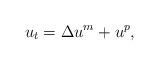
LaTeX: \begin{align*}u_t=\Delta u^m+u^p,\end{align*}